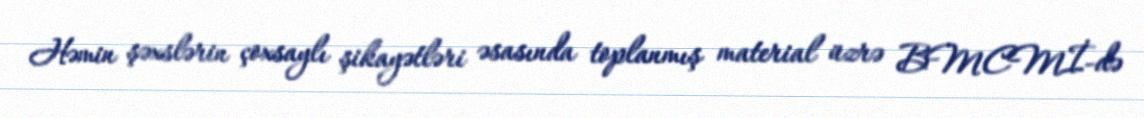
Həmin şəxslərin çoxsaylı şikayətləri əsasında toplanmış material üzrə BMCMİ-də